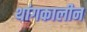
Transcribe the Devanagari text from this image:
थांगकालीन